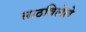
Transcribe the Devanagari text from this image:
साठविलेले